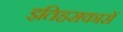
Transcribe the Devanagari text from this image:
इतिहसकारों